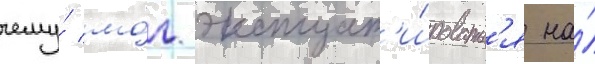
чему́ мо́г эксплуат'и́роватьс'я на́